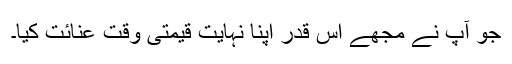
جو آپ نے مجھے اس قدر اپنا نہایت قیمتی وقت عنائت کِیا۔